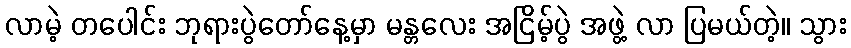
လာမဲ့ တပေါင်း ဘုရားပွဲတော်နေ့မှာ မန္တလေး အငြိမ့်ပွဲ အဖွဲ့ လာ ပြမယ်တဲ့။ သွား